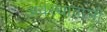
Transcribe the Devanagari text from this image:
अवस्थावाली